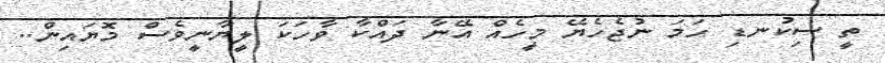
ތީ ސިކުނޑި ހަމަ ނުޖެހެޔޭ މީހެއް އޭނާ ދައްކާ ވާހަކަ ލީޔާނީވެސް މޮޔައިން..